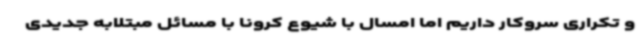
و تکراری سروکار داریم اما امسال با شیوع کرونا با مسائل مبتلابه جدیدی